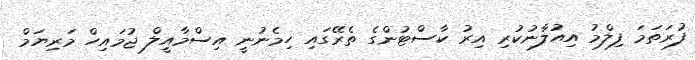
ފުރަތަމަ ފިލްމު އިއުލާނުކުރި އިރު ކާސްޓުންގެ ތެރޭގައި ހިމެނުނީ އިސްމާއީލް ޖުމައިހް މަރިޔަމް